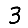
Digit: 3